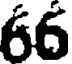
66